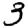
Digit: 3